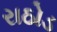
રાઠોડ